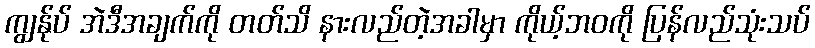
ကျွန်ုပ် အဲဒီအချက်ကို တတ်သိ နားလည်တဲ့အခါမှာ ကိုယ့်ဘဝကို ပြန်လည်သုံးသပ်